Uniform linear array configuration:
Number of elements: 24
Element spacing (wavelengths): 0.75
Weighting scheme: hann
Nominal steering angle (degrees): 60
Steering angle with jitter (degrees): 61.693
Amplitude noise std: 0.05
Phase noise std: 0.05

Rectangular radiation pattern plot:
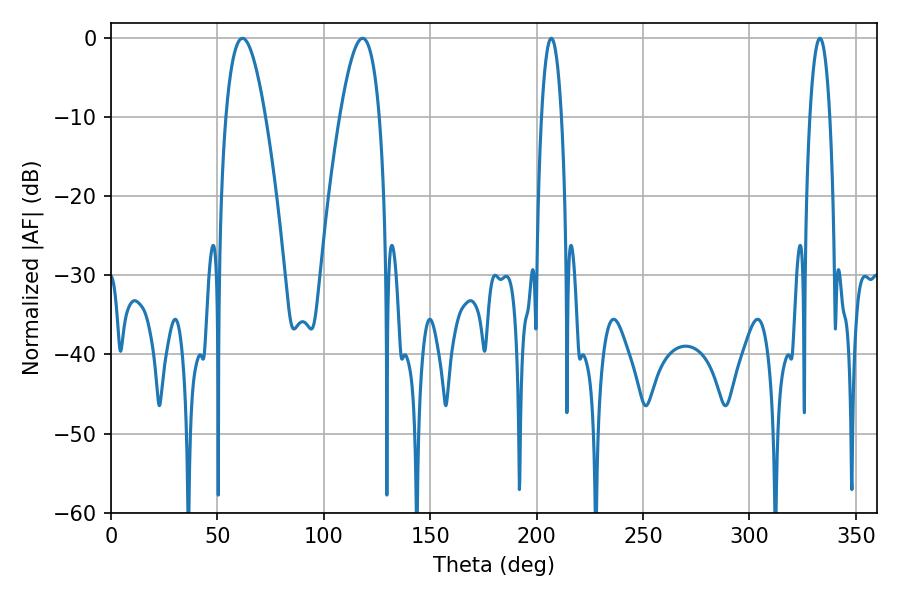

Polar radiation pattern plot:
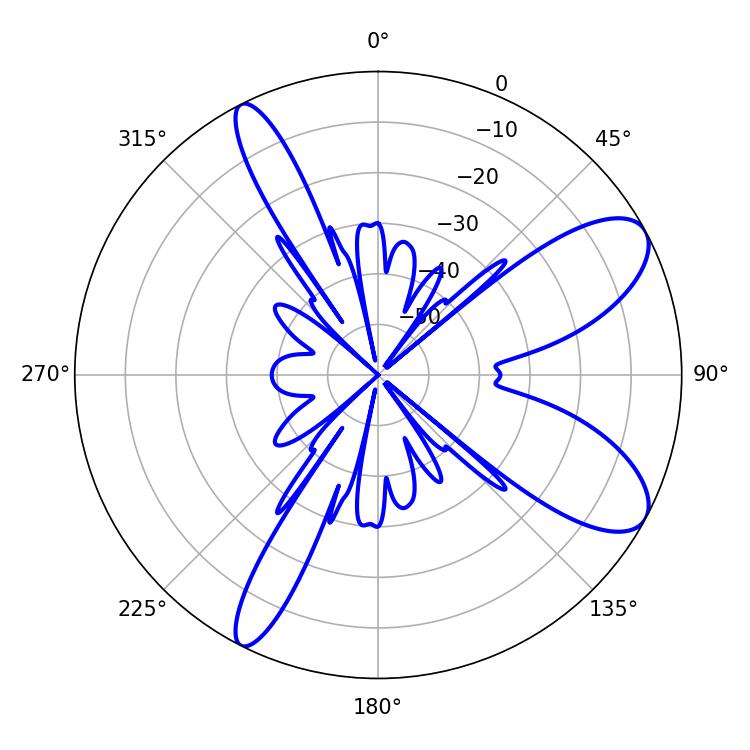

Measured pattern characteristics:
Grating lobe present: TRUE
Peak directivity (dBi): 9.03
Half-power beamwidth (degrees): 10.08
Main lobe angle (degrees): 61.74